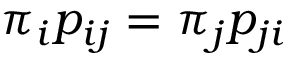
{ \pi } _ { i } p _ { i j } = { \pi } _ { j } p _ { j i }